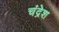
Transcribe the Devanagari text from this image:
चंद्रेश